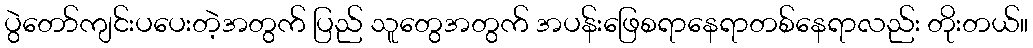
ပွဲတော်ကျင်းပပေးတဲ့အတွက် ပြည် သူတွေအတွက် အပန်းဖြေစရာနေရာတစ်နေရာလည်း တိုးတယ်။